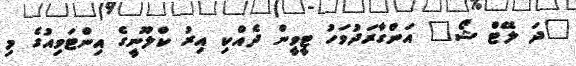
"ދަ ލޭޓް ޝޯ" އަންގާރަދުވަހު ޓީވީން ދެއްކި އިރު ކްލޫނީގެ އިންޓަވިއުގެ މި